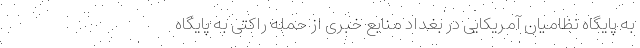
به پایگاه نظامیان آمریکایی در بغداد منابع خبری از حمله راکتی به پایگاه